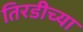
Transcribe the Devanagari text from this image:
तिरडीच्या